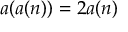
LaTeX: a ( a ( n ) ) = 2 a ( n )